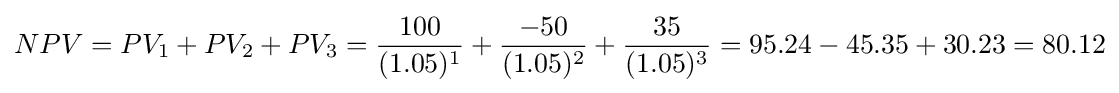
NPV=PV_{1}+PV_{2}+PV_{3}={\frac {100}{(1.05)^{1}}}+{\frac {-50}{(1.05)^{2}}}+{\frac {35}{(1.05)^{3}}}=95.24-45.35+30.23=80.12